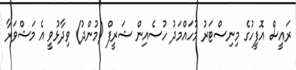
ރައީސް އޮފީހުގެ މިނިސްޓަރު މުހައްމަދު ހުސެއިން ޝަރީފް (މުންދު) ވިދާޅުވީ އެ މަޝްވަރާ